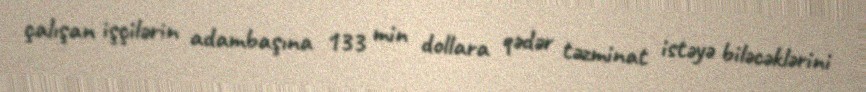
çalışan işçilərin adambaşına 133 min dollara qədər təzminat istəyə biləcəklərini